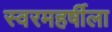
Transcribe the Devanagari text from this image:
स्वरमहर्षीला